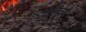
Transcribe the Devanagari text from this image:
ब्लूद्फ्लो